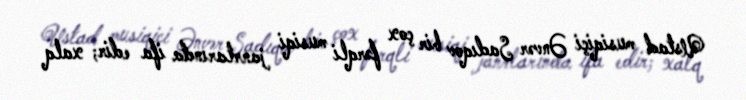
Ustad musiqiçi Ənvər Sadıqov bir çox fərqli musiqi janrlarında ifa edir; xalq